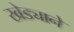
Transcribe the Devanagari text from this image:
खेड्याने